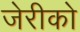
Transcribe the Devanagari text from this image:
जेरीको